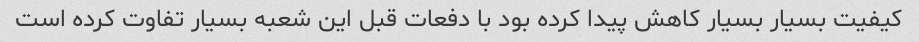
کیفیت بسیار بسیار کاهش پیدا کرده بود با دفعات قبل این شعبه بسیار تفاوت کرده است